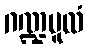
ဂဏ္ဍမူလံ